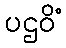
ပဌဝိံ